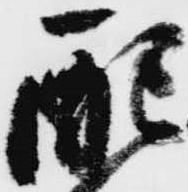
配